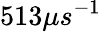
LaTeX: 513\mu s^{-1}